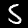
Label: 5